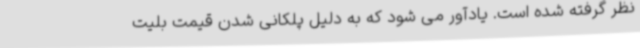
نظر گرفته شده است. یادآور می شود که به دلیل پلکانی شدن قیمت بلیت